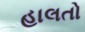
હાલતો